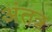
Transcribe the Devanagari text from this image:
अंतत्र